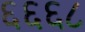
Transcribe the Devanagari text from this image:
६६६८